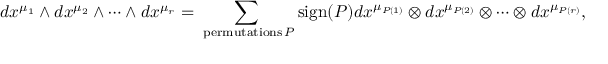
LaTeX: d x ^ { \mu _ { 1 } } \wedge d x ^ { \mu _ { 2 } } \wedge \cdots \wedge d x ^ { \mu _ { r } } = \sum _ { \mathrm { { \scriptsize ~ p e r m u t a t i o n s } } \, P } \mathrm { s i g n } ( P ) d x ^ { \mu _ { P ( 1 ) } } \otimes d x ^ { \mu _ { P ( 2 ) } } \otimes \cdots \otimes d x ^ { \mu _ { P ( r ) } } ,